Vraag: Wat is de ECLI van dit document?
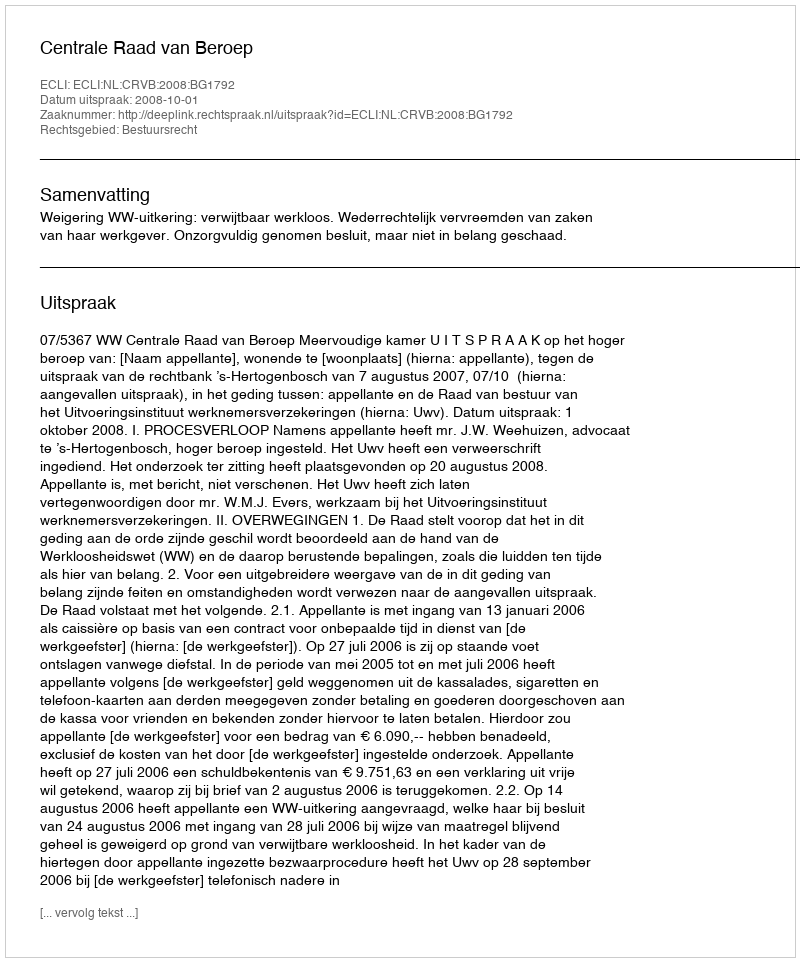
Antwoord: ECLI:NL:CRVB:2008:BG1792